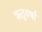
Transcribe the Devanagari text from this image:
ऋतुवर्षा